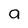
Character: a